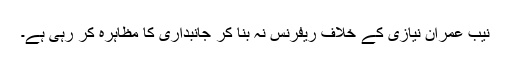
نیب عمران نیازی کے خلاف ریفرنس نہ بنا کر جانبداری کا مظاہرہ کر رہی ہے۔